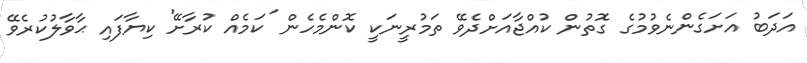
އަދަބު އަށަގެންނެވުމުގެ ގޮތުން ކުއްޖާއަށްދެވޭ ތަމުރީނަކީ ކޮންމެހެން 'ކަމެއް ކުރާށޭ' ކިޔާފައި ޙާވާލުކުރެވޭ